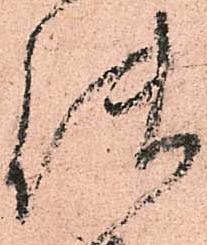
使